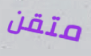
متقن